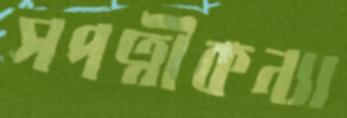
সপত্নীকন্যা